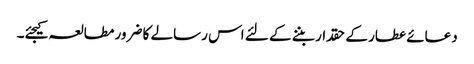
دعائے عطار کے حقدار بننے کے لئے اس رسالے کا ضرور مطالعہ کیجئے۔